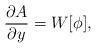
LaTeX: \begin{align*}\frac{\partial A}{\partial y} = W[\phi] ,\end{align*}